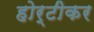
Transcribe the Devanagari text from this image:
होर्टीकर